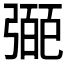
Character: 𢐝